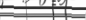
٥٥